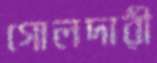
গোলদারী